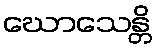
ဃောသေန္တိ